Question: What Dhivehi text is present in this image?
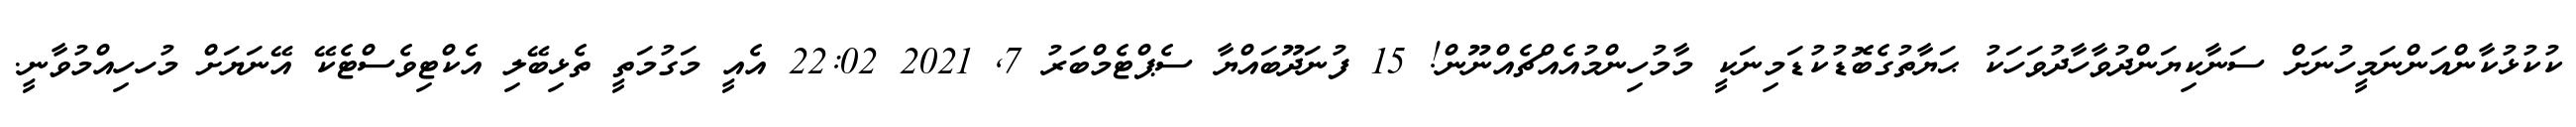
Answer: ކުކުޅުކާންއަންނަމީހުނަށް ސަނާކިޔަންދުވާހާދުވަހަކު ޙަޔާތުގެބޮޑުކުޑަމިނަކީ މާމުހިންމުއެއްޗެއްނޫން! 15 ފުނަދޫބައްޔާ ސެޕްޓެމްބަރު 7, 2021 22:02 އެއީ މަގުމަތީ ތެޅިބޭލި އެކްޓިވެސްޓެކޭ އޭނަޔަށް މުހހިއްމުވާނީ.